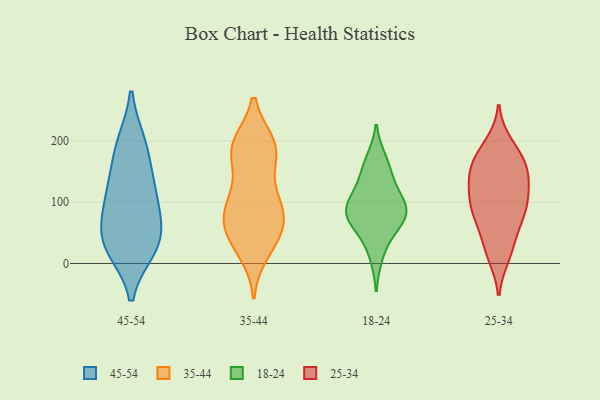
{"axis": {"x": "Satisfaction Score", "y": "Value"}, "legend": ["18-24", "25-34", "35-44", "45-54"], "data": [{"x": "", "y": 70, "type": "45-54"}, {"x": "", "y": 115, "type": "45-54"}, {"x": "", "y": 118, "type": "45-54"}, {"x": "", "y": 196, "type": "45-54"}, {"x": "", "y": 194, "type": "45-54"}, {"x": "", "y": 42, "type": "45-54"}, {"x": "", "y": 83, "type": "45-54"}, {"x": "", "y": 25, "type": "45-54"}, {"x": "", "y": 24, "type": "45-54"}, {"x": "", "y": 32, "type": "45-54"}, {"x": "", "y": 148, "type": "45-54"}, {"x": "", "y": 38, "type": "35-44"}, {"x": "", "y": 59, "type": "35-44"}, {"x": "", "y": 185, "type": "35-44"}, {"x": "", "y": 81, "type": "35-44"}, {"x": "", "y": 19, "type": "35-44"}, {"x": "", "y": 104, "type": "35-44"}, {"x": "", "y": 190, "type": "35-44"}, {"x": "", "y": 193, "type": "35-44"}, {"x": "", "y": 82, "type": "35-44"}, {"x": "", "y": 76, "type": "35-44"}, {"x": "", "y": 56, "type": "35-44"}, {"x": "", "y": 98, "type": "35-44"}, {"x": "", "y": 188, "type": "35-44"}, {"x": "", "y": 34, "type": "35-44"}, {"x": "", "y": 170, "type": "35-44"}, {"x": "", "y": 118, "type": "35-44"}, {"x": "", "y": 194, "type": "35-44"}, {"x": "", "y": 127, "type": "18-24"}, {"x": "", "y": 69, "type": "18-24"}, {"x": "", "y": 11, "type": "18-24"}, {"x": "", "y": 86, "type": "18-24"}, {"x": "", "y": 132, "type": "18-24"}, {"x": "", "y": 50, "type": "18-24"}, {"x": "", "y": 96, "type": "18-24"}, {"x": "", "y": 170, "type": "18-24"}, {"x": "", "y": 91, "type": "18-24"}, {"x": "", "y": 61, "type": "18-24"}, {"x": "", "y": 160, "type": "18-24"}, {"x": "", "y": 91, "type": "18-24"}, {"x": "", "y": 86, "type": "18-24"}, {"x": "", "y": 175, "type": "25-34"}, {"x": "", "y": 70, "type": "25-34"}, {"x": "", "y": 131, "type": "25-34"}, {"x": "", "y": 193, "type": "25-34"}, {"x": "", "y": 38, "type": "25-34"}, {"x": "", "y": 141, "type": "25-34"}, {"x": "", "y": 14, "type": "25-34"}, {"x": "", "y": 81, "type": "25-34"}, {"x": "", "y": 180, "type": "25-34"}, {"x": "", "y": 154, "type": "25-34"}, {"x": "", "y": 85, "type": "25-34"}, {"x": "", "y": 145, "type": "25-34"}, {"x": "", "y": 96, "type": "25-34"}, {"x": "", "y": 106, "type": "25-34"}, {"x": "", "y": 19, "type": "25-34"}, {"x": "", "y": 96, "type": "25-34"}, {"x": "", "y": 150, "type": "25-34"}]}